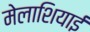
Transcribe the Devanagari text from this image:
मेलाशियाई